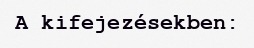
A kifejezésekben: